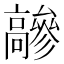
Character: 𩫦